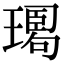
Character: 𤩉